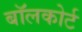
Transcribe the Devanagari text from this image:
बॉलकोर्ट